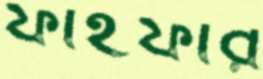
ফাইফার